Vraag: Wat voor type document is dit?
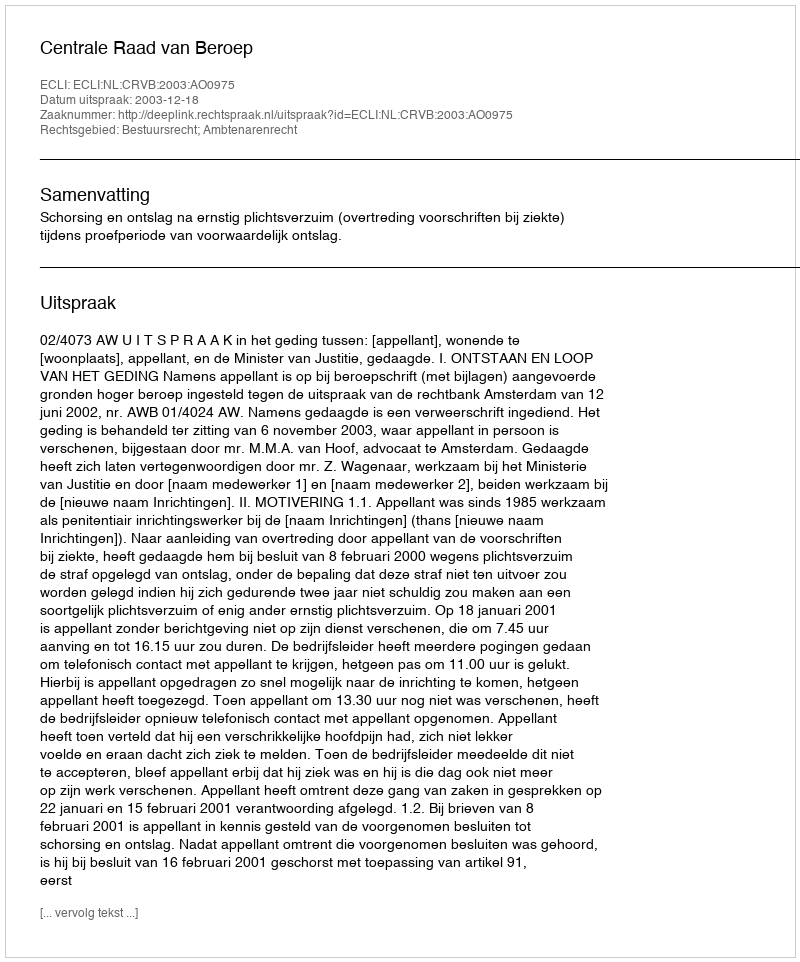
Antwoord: Uitspraak